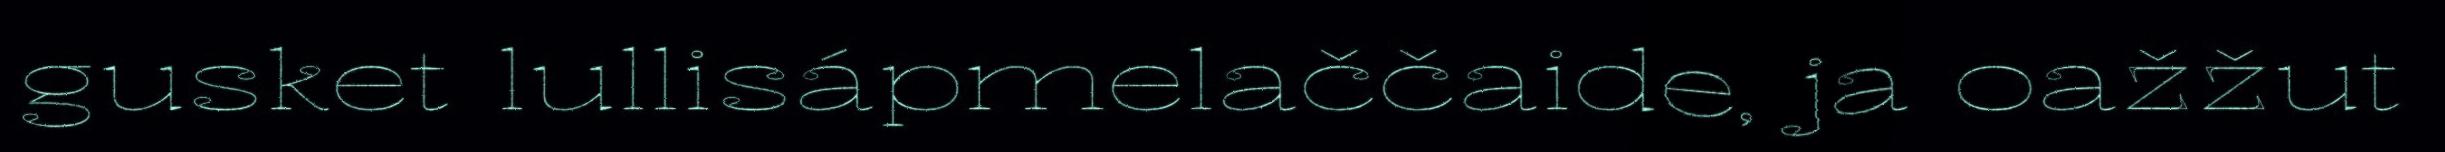
gusket lullisápmelaččaide, ja oažžut